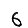
Digit: 6